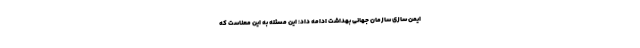
ایمن سازی سازمان جهانی بهداشت ادامه داد: این مسئله به این معناست که